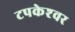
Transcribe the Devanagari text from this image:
टपकेश्‍वर